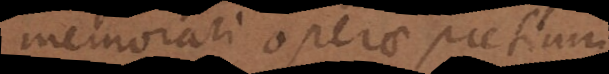
memorari operae pretium